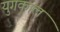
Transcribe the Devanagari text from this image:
युगकाल